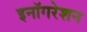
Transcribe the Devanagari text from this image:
इनॉगरेशन